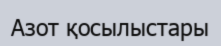
Азот қосылыстары